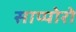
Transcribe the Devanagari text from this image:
साप्पोरो